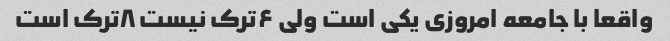
واقعا با جامعه امروزی یکی است ولی ۶ترک نیست ۸ترک است